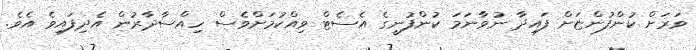
ވަރަށް ކުންފުންޏަށް ފައިދާ ނުވާނަމަ ކުންފުނީގެ އެސެޓް ވިއްކުމަށްވެސް ހިއްސާދާރުން އެދިފައިވެ އެވެ.